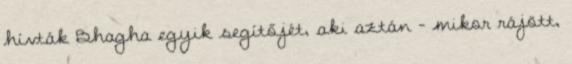
hívták Bhagha egyik segítőjét, aki aztán – mikor rájött,